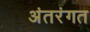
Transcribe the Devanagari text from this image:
अंतरंगत